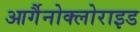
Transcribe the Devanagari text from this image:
आर्गैनोक्लोराइड